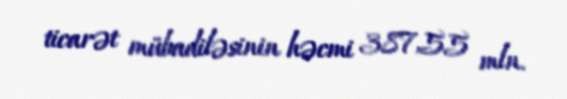
ticarət mübadiləsinin həcmi 387,55 mln.